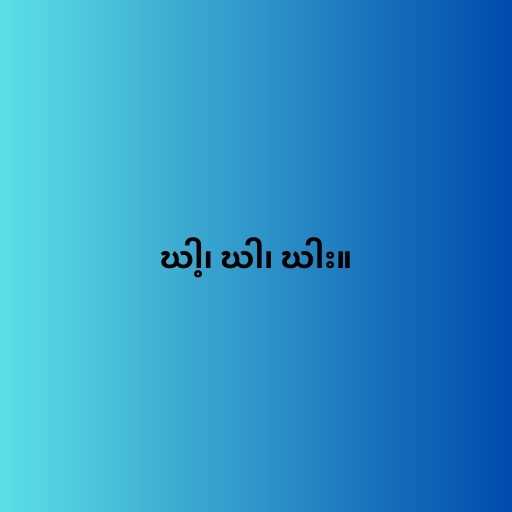
ဃါ့၊ ဃါ၊ ဃါး။